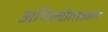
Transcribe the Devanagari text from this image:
अभिरुचीलावळण